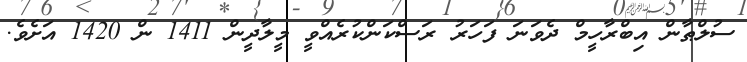
ސުލްޠާން އިބްރާހީމް ދެވަނަ ފަހަރު ރަސްކަންކުރެއްވީ މީލާދީން 1411 ން 1420 އަށެވެ.